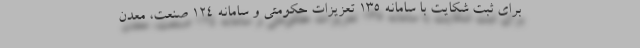
برای ثبت شکایت با سامانه ۱۳۵ تعزیزات حکومتی و سامانه ۱۲۴ صنعت، معدن